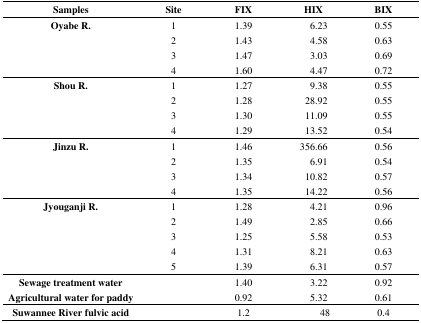
| Samples | Site | FIX | HIX | BIX |
 | --- | --- | --- | --- | --- |
 | <ROWSPAN=4> Oyabe R. | 1 | 1.39 | 6.23 | 0.55 |
 | 2 | 1.43 | 4.58 | 0.63 |
 | 3 | 1.47 | 3.03 | 0.69 |
 | 4 | 1.60 | 4.47 | 0.72 |
 | <ROWSPAN=4> Shou R. | 1 | 1.27 | 9.38 | 0.55 |
 | 2 | 1.28 | 28.92 | 0.55 |
 | 3 | 1.30 | 11.09 | 0.55 |
 | 4 | 1.29 | 13.52 | 0.54 |
 | <ROWSPAN=4> Jinzu R. | 1 | 1.46 | 356.66 | 0.56 |
 | 2 | 1.35 | 6.91 | 0.54 |
 | 3 | 1.34 | 10.82 | 0.57 |
 | 4 | 1.35 | 14.22 | 0.56 |
 | <ROWSPAN=5> Jyouganji R. | 1 | 1.28 | 4.21 | 0.96 |
 | 2 | 1.49 | 2.85 | 0.66 |
 | 3 | 1.25 | 5.58 | 0.53 |
 | 4 | 1.31 | 8.21 | 0.63 |
 | 5 | 1.39 | 6.31 | 0.57 |
 | Sewage treatment water |  | 1.40 | 3.22 | 0.92 |
 | Agricultural water for paddy |  | 0.92 | 5.32 | 0.61 |
 | Suwannee River fulvic acid |  | 1.2 | 48 | 0.4 |